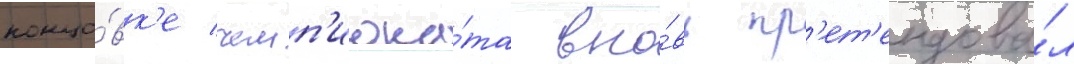
концо́вк'е чемп'иона́та вно́вь пр'ет'ендова́л